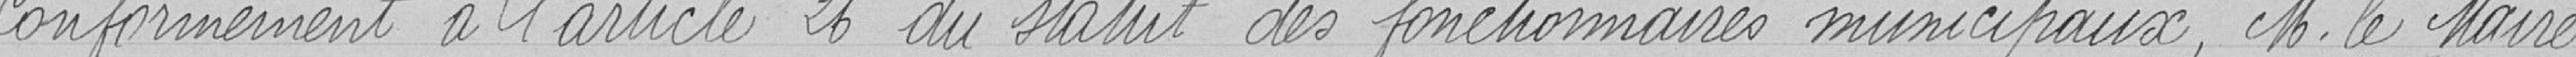
Conformément à l'article 26 du statut des fonctionnaires municipaux, M. le Maire